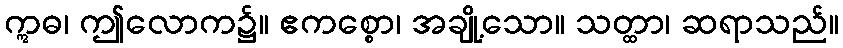
ဣဓ၊ ဤလောက၌။ ဧကစ္စော၊ အချို့သော။ သတ္ထာ၊ ဆရာသည်။